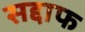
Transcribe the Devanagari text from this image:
सद्दाफ